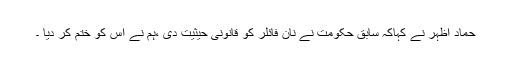
حماد اظہر نے کہاکہ سابق حکومت نے نان فائلر کو قانونی حیثیت دی ،ہم نے اس کو ختم کر دیا ۔